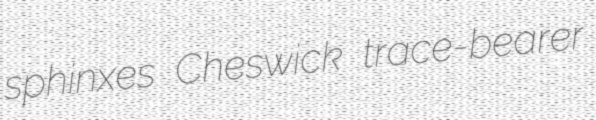
sphinxes Cheswick trace-bearer